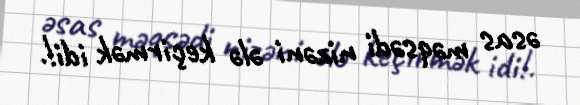
əsas məqsədi nizəni ələ keçirmək idi!.